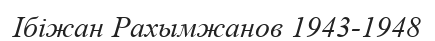
Ібіжан Рахымжанов 1943-1948